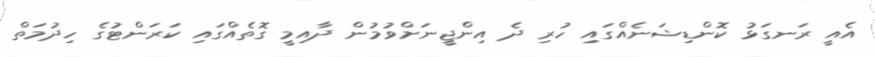
އެއީ ރަނގަޅު ކޮންޑިޝަނެއްގައި ހުރި ދެ އިންޖީނަށްވުމުން ދާއިމީ ގޮތެއްގައި ކަރަންޓުގެ ހިދުމަތް